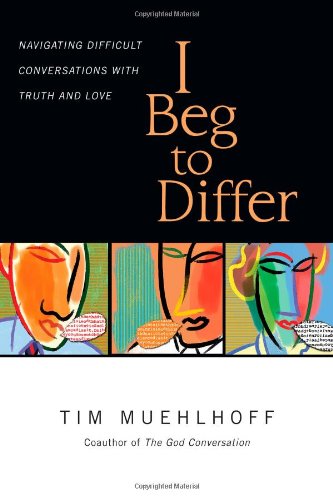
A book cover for I Beg to Differ: Navigating Difficult Conversations with Truth and Love; Tim Muehlhoff; Reference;